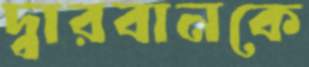
দ্বারবানকে